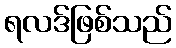
ရလဒ်ဖြစ်သည်